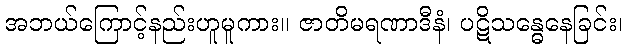
အဘယ်ကြောင့်နည်းဟူမူကား။ ဇာတိမရဏာဒီနံ၊ ပဋိသန္ဓေနေခြင်း၊